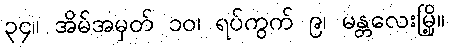
၃၄။ အိမ်အမှတ် ၁၀၊ ရပ်ကွက် ၉၊ မန္တလေးမြို့။